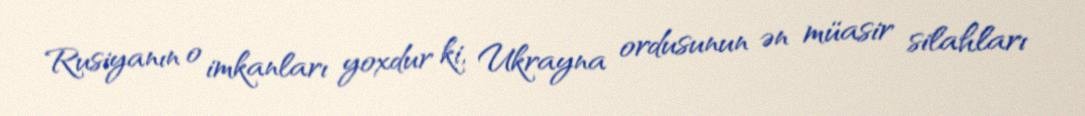
Rusiyanın o imkanları yoxdur ki, Ukrayna ordusunun ən müasir silahları